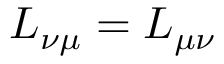
L _ { \nu \mu } = L _ { \mu \nu }